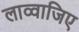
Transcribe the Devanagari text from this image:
लाव्वाजिए